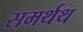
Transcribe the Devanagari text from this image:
समर्थथ